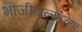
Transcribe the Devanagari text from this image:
भाजीपाल्याच्या